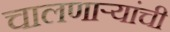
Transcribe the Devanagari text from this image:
चालणाऱ्यांची